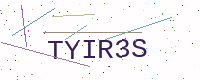
Text: TYIR3S